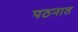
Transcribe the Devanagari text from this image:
पठनात